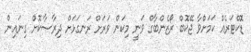
ޑޮކްޓަރެއް ކަމަށްވާ ޖޭކޮބް ރޯޒެންބާގް ވަނީ މިކަން ވަރަށް ރަނގަޅަށް ދިރާސާކޮށް ގިނައިން